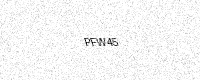
Text: PFW45